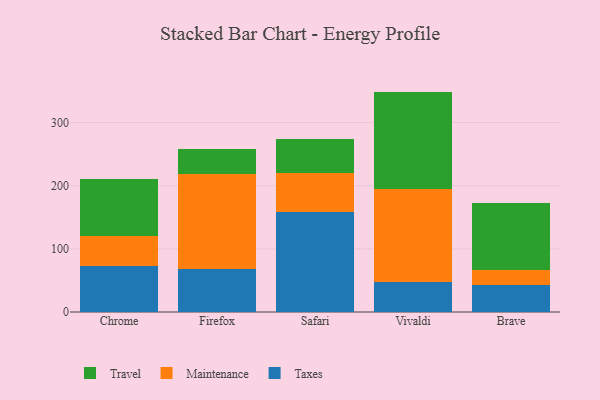
{"axis": {"x": "Browser", "y": "Active Users"}, "legend": ["Maintenance", "Taxes", "Travel"], "data": [{"x": "Chrome", "y": 72.2, "type": "Taxes"}, {"x": "Chrome", "y": 47.8, "type": "Maintenance"}, {"x": "Chrome", "y": 91.3, "type": "Travel"}, {"x": "Firefox", "y": 68.2, "type": "Taxes"}, {"x": "Firefox", "y": 150.5, "type": "Maintenance"}, {"x": "Firefox", "y": 40.0, "type": "Travel"}, {"x": "Safari", "y": 158.8, "type": "Taxes"}, {"x": "Safari", "y": 61.8, "type": "Maintenance"}, {"x": "Safari", "y": 53.3, "type": "Travel"}, {"x": "Vivaldi", "y": 48.3, "type": "Taxes"}, {"x": "Vivaldi", "y": 147.1, "type": "Maintenance"}, {"x": "Vivaldi", "y": 153.7, "type": "Travel"}, {"x": "Brave", "y": 42.9, "type": "Taxes"}, {"x": "Brave", "y": 23.0, "type": "Maintenance"}, {"x": "Brave", "y": 106.0, "type": "Travel"}]}